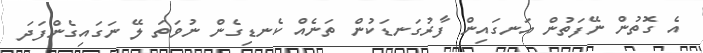
އެ ގޮތުން ނޭފަތުން އަނގައިން ފާރުގަނޑަކުން ތަނެއް ކެނޑިގެން ނުވަތަ ލޭ ނަގައިގެންފަދަ